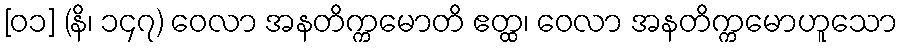
[၀၁] (နိ၊ ၁၄၇) ဝေလာ အနတိက္ကမောတိ ဧတ္ထ၊ ဝေလာ အနတိက္ကမောဟူသော